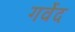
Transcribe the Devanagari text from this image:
गर्वेद